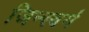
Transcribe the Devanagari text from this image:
जिन्स्बर्ग